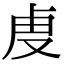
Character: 𮓚